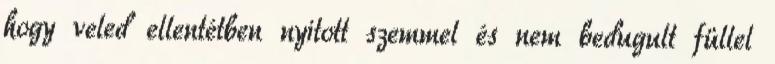
hogy veled ellentétben nyitott szemmel és nem bedugult füllel